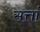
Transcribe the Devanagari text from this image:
सत्तां